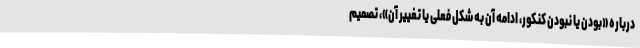
درباره «بودن یا نبودن کنکور، ادامه آن به شکل فعلی یا تغییر آن»، تصمیم